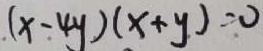
( x - 4 y ) ( x + y ) = 0